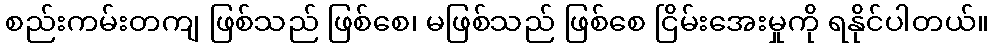
စည်းကမ်းတကျ ဖြစ်သည် ဖြစ်စေ၊ မဖြစ်သည် ဖြစ်စေ ငြိမ်းအေးမှုကို ရနိုင်ပါတယ်။